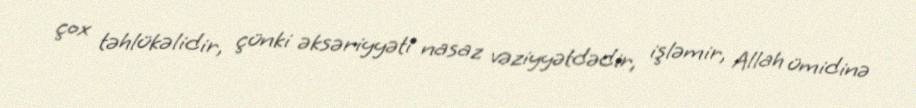
çox təhlükəlidir, çünki əksəriyyəti nasaz vəziyyətdədir, işləmir, Allah ümidinə